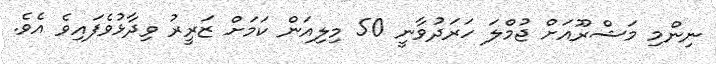
ނިންމި މަޝްރޫއަށް ޖުމްލަ ހަރަދުވާނީ 50 މިލިއަން ކަމަށް ޒަރީރު ވިދާޅުވެފައިވެ އެވެ.